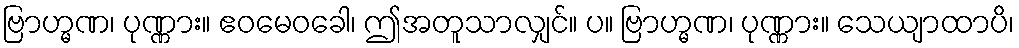
ဗြာဟ္မဏ၊ ပုဏ္ဏား။ ဧဝမေဝခေါ၊ ဤအတူသာလျှင်။ ပ။ ဗြာဟ္မဏ၊ ပုဏ္ဏား။ သေယျာထာပိ၊